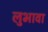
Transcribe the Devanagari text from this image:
लुभावा